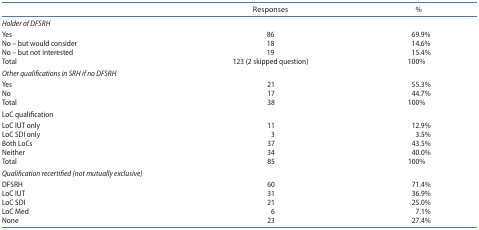
<table><thead><tr><td><b> </b></td><td><b>Responses</b></td><td><b>%</b></td></tr></thead><tbody><tr><td colspan="3"><i>Holder of DFSRH</i></td></tr><tr><td>Yes</td><td>86</td><td>69.9%</td></tr><tr><td>No – but would consider</td><td>18</td><td>14.6%</td></tr><tr><td>No – but not interested</td><td>19</td><td>15.4%</td></tr><tr><td>Total</td><td>123 (2 skipped question)</td><td>100%</td></tr><tr><td colspan="3"><i>Other qualifications in SRH if no DFSRH</i></td></tr><tr><td>Yes</td><td>21</td><td>55.3%</td></tr><tr><td>No</td><td>17</td><td>44.7%</td></tr><tr><td>Total</td><td>38</td><td>100%</td></tr><tr><td colspan="3">LoC qualification</td></tr><tr><td>LoC IUT only</td><td>11</td><td>12.9%</td></tr><tr><td>LoC SDI only</td><td>3</td><td>3.5%</td></tr><tr><td>Both LoCs</td><td>37</td><td>43.5%</td></tr><tr><td>Neither</td><td>34</td><td>40.0%</td></tr><tr><td>Total</td><td>85</td><td>100%</td></tr><tr><td colspan="3"><i>Qualification recertified (not mutually exclusive)</i></td></tr><tr><td>DFSRH</td><td>60</td><td>71.4%</td></tr><tr><td>LoC IUT</td><td>31</td><td>36.9%</td></tr><tr><td>LoC SDI</td><td>21</td><td>25.0%</td></tr><tr><td>LoC Med</td><td>6</td><td>7.1%</td></tr><tr><td>None</td><td>23</td><td>27.4%</td></tr></tbody></table>